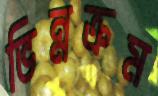
ভিন্নক্রম